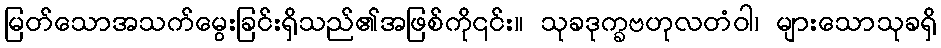
မြတ်သောအသက်မွေးခြင်းရှိသည်၏အဖြစ်ကို၎င်း။ သုခဒုက္ခဗဟုလတံဝါ၊ များသောသုခရှိ